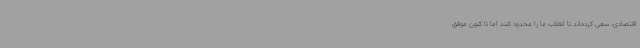
اقتصادی، سعی کرده‌اند تا انقلاب ما را محدود کنند اما تا کنون موفق